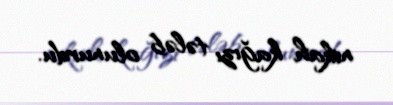
nikah kağızı tələb olunurdu.